Vaccination in Bombay 1924-1928 - 1924-1928
Year: 1924
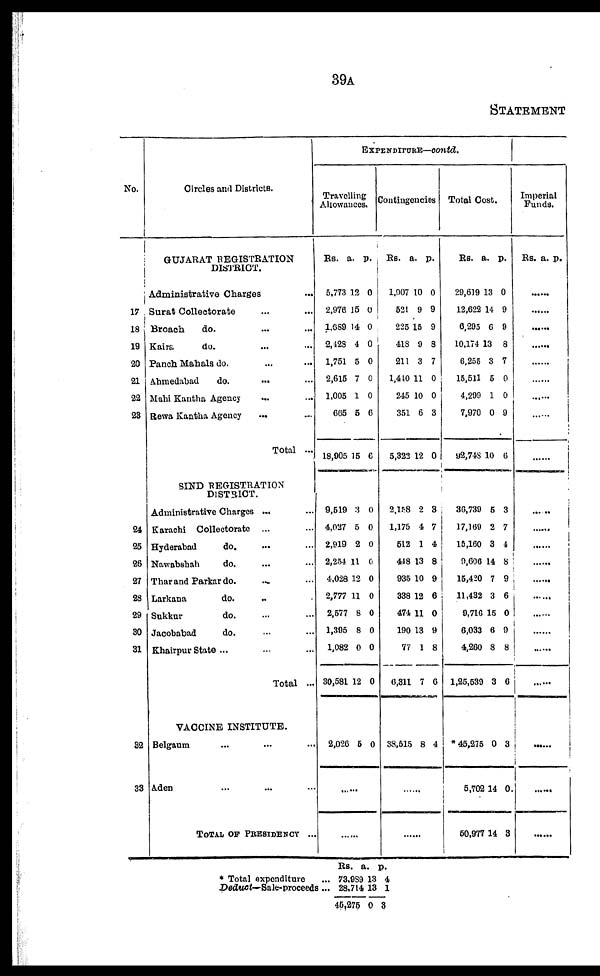
39A
STATEMENT
No.
17
18
19
20
21
22
23
24
25
26
27
28
29
30
31
32
33
Circles and Districts.
GUJARAT REGISTRATION
DISTRICT.
Administrative Charges ...
Surat Collectorate ... ...
Broach
do. ... ...
Kaira
do. ... ...
Punch Mahals do. ... ...
Ahmedabad
do.
... ...
Mahi Kantha Agency ... ...
Rewa Kantha Agency ... ...
Total ...
SIND REGISTRATION
DISTRICT.
Administrative Charges ... ...
Karachi Collectorate ... ...
Hyderabad
do. ... ...
Nawabshah
do. ... ...
Thar and Parkar do.
... ...
Larkana
do.
... ...
Sukkur
do. ... ...
Jacobabad
do. ... ...
Khairpur State ... ...
Total ...
VACCINE INSTITUTE.
Belgaum ... ... ...
Aden ... ... ...
TOTAL OF PRESIDENCY ...
EXPENDITURE—contd.
Travelling
Allowances.
Rs.
5,773
2,976
1,689
2,428
1,751
2,615
1,005
665
18,905
a.
12
15
14
4
5
7
1
5
15
p.
0
0
0
0
0
0
0
6
6
9,519
4,027
2,919
2,254
4,028
2,777
2,577
1,395
1,082
30,581
3
5
2
11
12
11
8
8
0
12
0
0
0
0
0
0
0
0
0
0
2,026 5 0
......
......
Contingencies
Rs.
1,907
521
225
418
211
1,410
245
351
5,322
a.
10
9
15
9
3
11
10
6
12
P.
0
9
9
8
7
0
0
3
0
2,158
1,175
512
448
935
338
474
190
77
6,311
2
4
1
13
10
12
11
13
1
7
3
7
4
8
9
6
0
9
8
6
38,515 8 4
......
......
Total Cost.
Rs.
29,619
12,622
6,295
10,174
6,255
15,511
4,299
7,970
92,748
a.
13
14
6
13
3
5
1
0
10
p.
0
9
9
8
7
0
0
9
6
36,739
17,169
15,160
9,606
15,420
11,432
9,716
6,033
4,260
1,25,539
5
2
3
14
7
3
15
6
8
3
3
7
4
8
9
6
0
9
8
6
* 45,275
5,702
50,977
0
14
14
3
0
3
Imperial
Funds.
Rs. a. p.
......
......
......
......
......
......
......
......
......
......
......
......
......
......
......
......
......
......
......
......
......
* Total expenditure ...
Deduct—Sale-proceeds...
Rs.
73,989
28,714
45,275
a.
13
13
0
p.
4
1
3